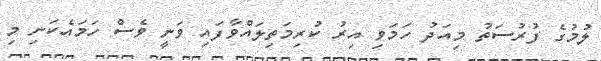
ލުމުގެ ފުރުސަތު މިއަދު ހަމަވި އިރު ކުރިމަތިލައްވާފައި ވަނީ ވެސް ހަމައެކަނި މި